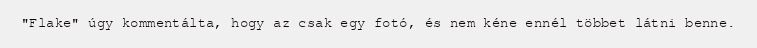
"Flake" úgy kommentálta, hogy az csak egy fotó, és nem kéne ennél többet látni benne.